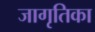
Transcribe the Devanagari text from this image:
जागृतिका